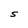
Character: S